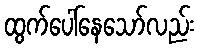
ထွက်ပေါ်နေသော်လည်း